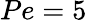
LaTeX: Pe=5